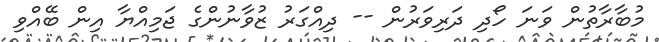
މުބާރާތުން ވަނަ ހޯދި ދަރިވަރުން -- ދިއްގަރު ޒުވާނުންގެ ޖަމިއްޔާ އިން ބޭއްވި